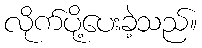
လိုက်ပို့ပေးခဲ့သည်။